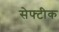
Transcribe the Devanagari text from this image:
सेफ्टीक